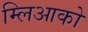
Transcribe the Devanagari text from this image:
म्लिआको